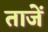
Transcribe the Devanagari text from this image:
ताजें